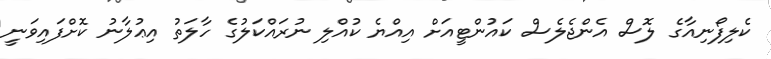
ކެލިފޯނިއާގެ ލޮސް އެންޖެލެސް ކައުންޓީއަށް އިއްޔެ ކުއްލި ނުރައްކަލުގެ ހާލަތު އިޢުލާނު ކޮށްފައިވަނީ